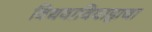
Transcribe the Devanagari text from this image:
विधवाविवाहाचा